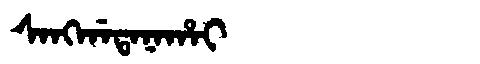
Manchu: ᠰᠠᠩᡤᠠᡨᠠᠨᠠᡥᠠᡳ
Romanization: SANGGATANAHAI